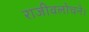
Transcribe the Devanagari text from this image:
राजीवलोचने।